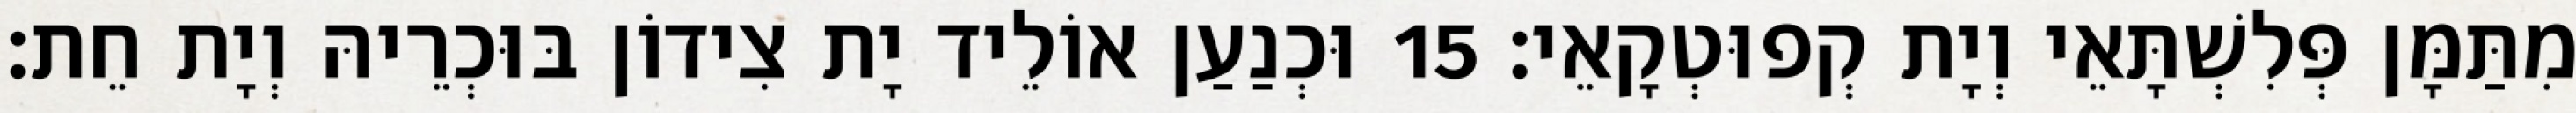
מִתַּמָּן פְּלִשְׁתָּאֵי וְיָת קְפוּטְקָאֵי׃ 15 וּכְנַעַן אוֹלֵיד יָת צִידוֹן בּוּכְרֵיהּ וְיָת חֵת׃